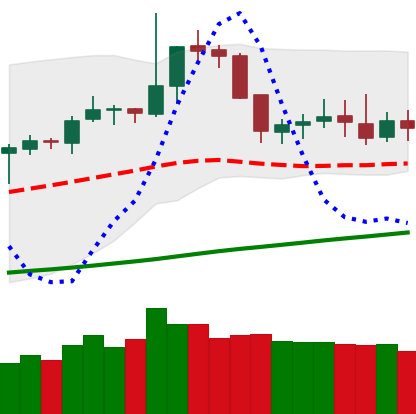
Ticker: DOGE-USD
Chart end date: 2019-06-11
Forward return: 4.186%
Label: up_3_5